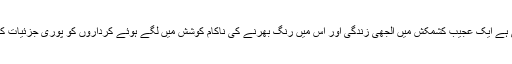
کہانی کا بیانیہ بہت اعلیٰ ہے ایک عجیب کشمکش میں الجھی زندگی اور اس میں رنگ بھرنے کی ناکام کوشش میں لگے ہوئے کرداروں کو پوری جزئیات کے ساتھ متشکل کرتاہے۔